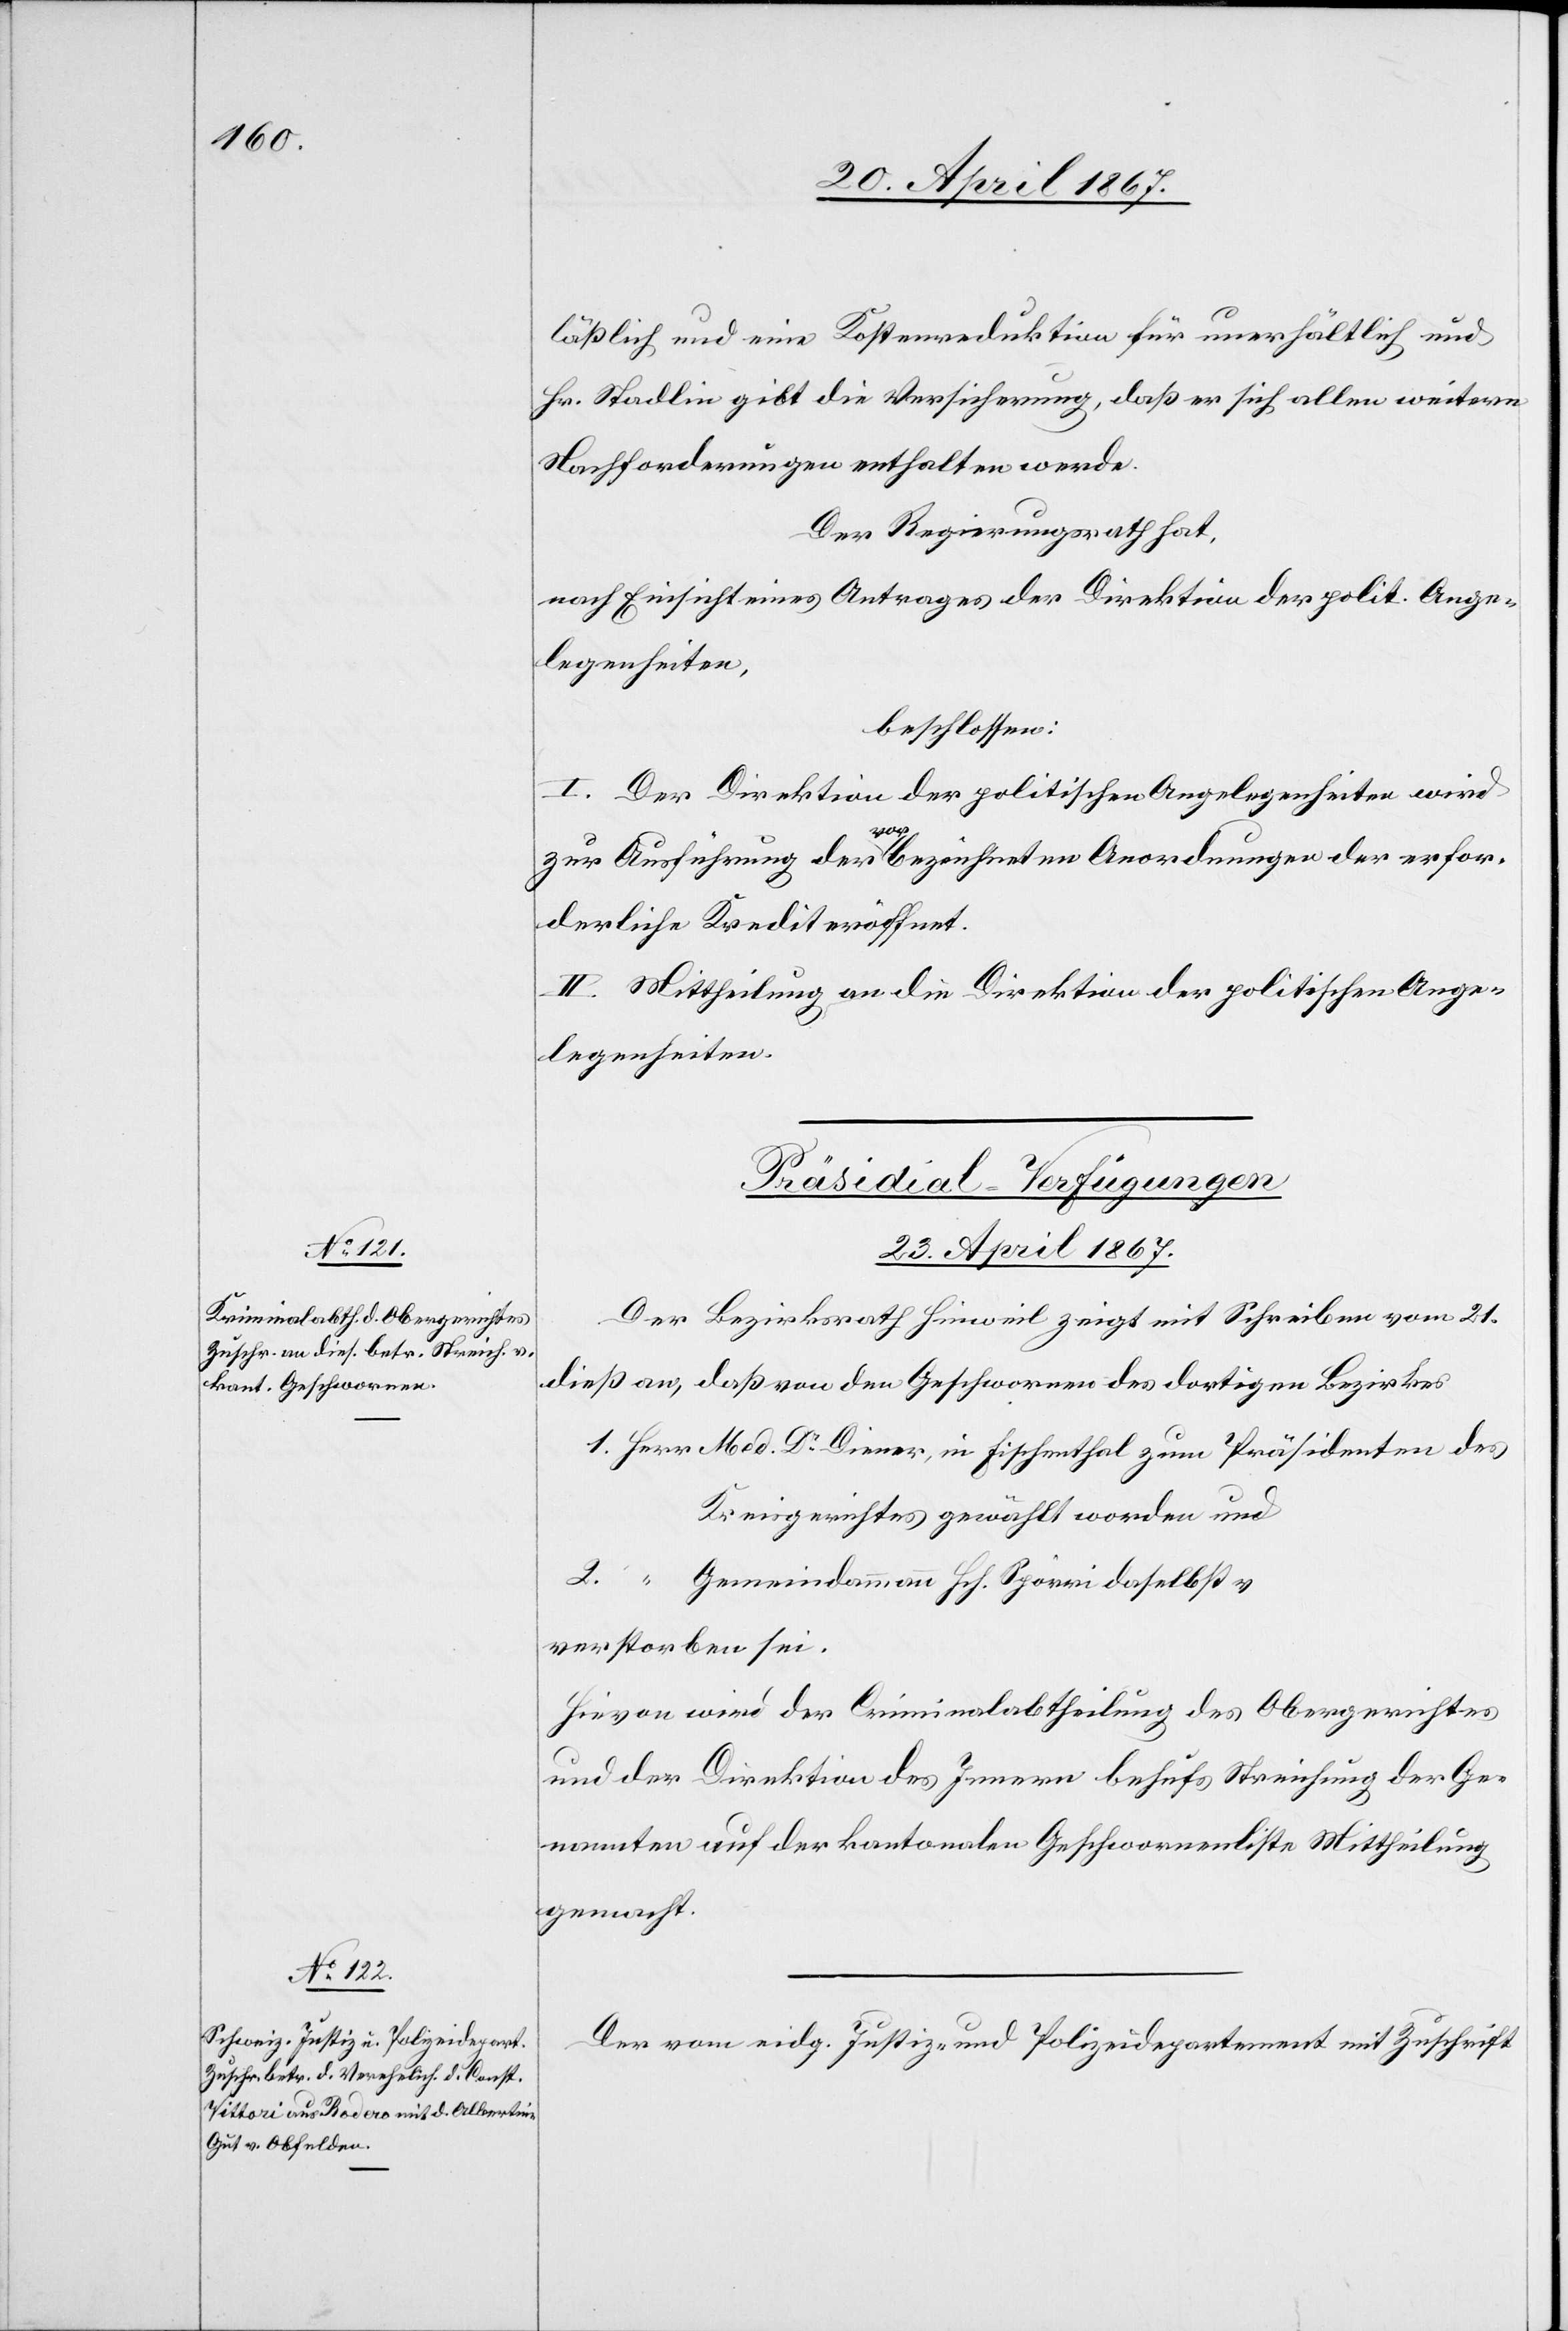
läßlich und eine Kostenreduktion für unerhältlich und
Hr. Stadlin gibt die Versicherung, daß er sich allen weitern
Nachforderungen enthalten werde.
Der Regierungsrath hat,
nach Einsicht eines Antrages der Direktion der polit. Ange¬
legenheiten,
beschlossen:
I. Der Direktion der politischen Angelegenheiten wird
zur Ausführung der vorbezeichneten Anordnungen der erfor¬
derliche Kredit eröffnet.
II. Mittheilung an die Direktion der politischen Ange¬
legenheiten.
[Präsidial-Verfugungen
23. April 1867.]
Der Bezirksrath Hinweil zeigt mit Schreiben vom 21.
dieß an, daß von den Geschworenen des dortigen Bezirkes
1. Herr Med. Dr. Diener, in Fischenthal zum Präsidenten des
Kreisgerichtes gewählt worden und
2. [Herr] Gemeindammann Hch. Spörri daselbst,
verstorben sei.
Hievon wird der Criminalabtheilung des Obergerichtes
und der Direktion des Innern behufs Streichung der Ge¬
nannten auf der kantonalen Geschworenenliste Mittheilung
gemacht.
Der vom eidg. Justiz- und Polizeidepartement mit Zuschrift